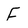
Character: f